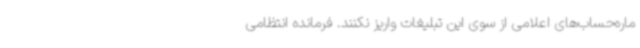
ماره‌حساب‌های اعلامی از سوی این تبلیغات واریز نکنند. فرمانده انتظامی